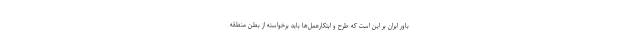
باور ایران بر این است که طرح و ابتکارعمل‌ها باید برخواسته از بطن منطقه